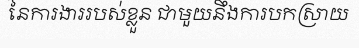
នៃការងាររបស់ខ្លួន ជាមួយនឹងការបកស្រាយ